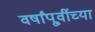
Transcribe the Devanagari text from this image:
वर्षांपू्र्वीच्या